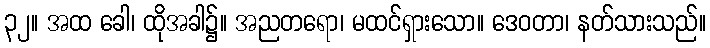
၃၂။ အထ ခေါ၊ ထိုအခါ၌။ အညတရော၊ မထင်ရှားသော။ ဒေဝတာ၊ နတ်သားသည်။